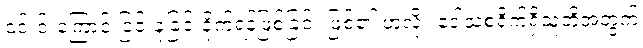
၎င်းင်းကြောင့် ငြင်းခုံခြင်းခိုက်ရန်ဖြစ်ခြင်း ဖြစ်၏ ဟူလို။ ဒေါသစရိုက်ရှိသူတို့အတွက်